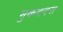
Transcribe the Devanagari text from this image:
मुकददस